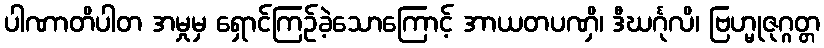
ပါဏာတိပါတ အမှုမှ ရှောင်ကြဉ်ခဲ့သောကြောင့် အာယတပဏှိ၊ ဒီဃင်္ဂုလိ၊ ဗြဟ္မုဇုဂ္ဂတ္တ